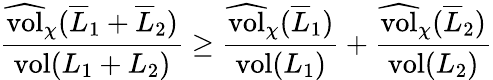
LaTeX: \frac{\widehat{\mathrm{vol}}_{\chi}(\overline{L}_{1}+\overline{L}_{2})}{\mathrm{vol}(L_{1}+L_{2})}\geq\frac{\widehat{\mathrm{vol}}_{\chi}(\overline{L}_{1})}{\mathrm{vol}(L_{1})}+\frac{\widehat{\mathrm{vol}}_{\chi}(\overline{L}_{2})}{\mathrm{vol}(L_{2})}